King Institute of Preventive Medicine Bacteriolog. Section reports 1907-08
Year: 1907
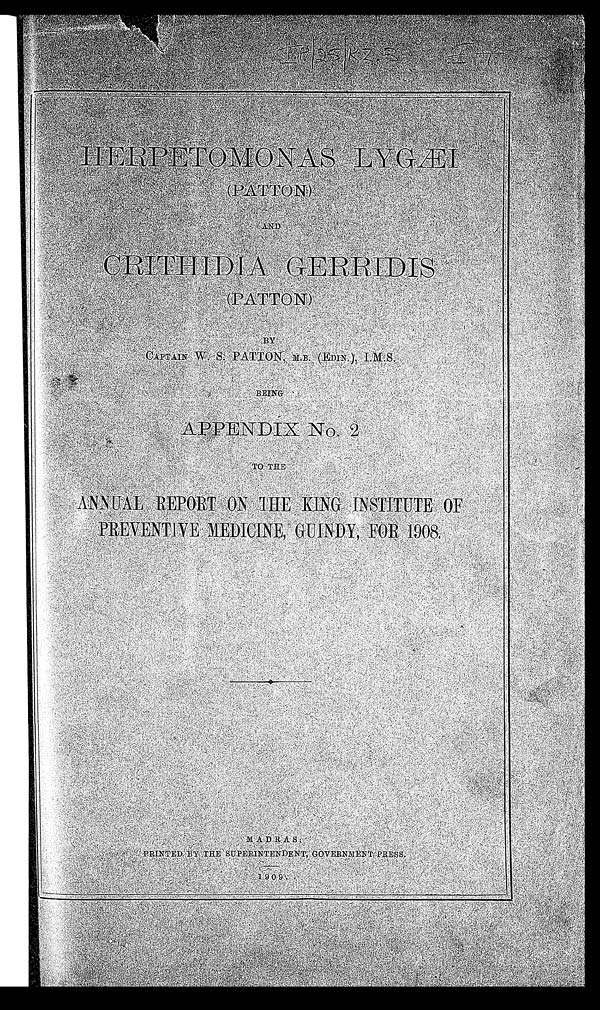
I P / 2 5 / K Z .
h E R P E T O M O N A S L Y G Æ I
( P A T T O N )
A N D
C R I T H I D I A G E R R I D I S
( P A T T O N )
B y
C A P T A I N W . S . P A T T O N , M . B . ( E D I N . ) , I . M . S .B
E I N G
A P P E N D I X N o . 2
T O T H E
A N N U A L R E P O R T O N T H E K I N G I N S T I T U T E O FP
R E V E N T I V E M E D I C I N E , G U I N D Y , F O R 1 9 0 8 .M
A D R A S :
P R I N T E D B Y T H E S U P E R I N T E N D E N T , G O V E R N M E N T P R E S S .1
9 0 9 .